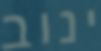
ינוב